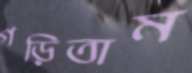
গড়িতাম